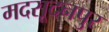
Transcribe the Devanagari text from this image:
मदसूदनपुर